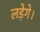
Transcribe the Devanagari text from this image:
लड़ेगे।